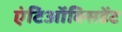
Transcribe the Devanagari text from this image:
एंटिऑक्सिडेंट